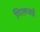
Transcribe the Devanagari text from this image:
गिलजई